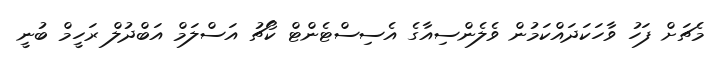
މެޗަށް ފަހު ވާހަކަދައްކަމުން ވެލެންސިއާގެ އެސިސްޓެންޓް ކޯޗު އަސްލަމް އަބްދުލް ރަހީމް ބުނީ